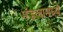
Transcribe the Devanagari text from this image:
मंडलामध्ये